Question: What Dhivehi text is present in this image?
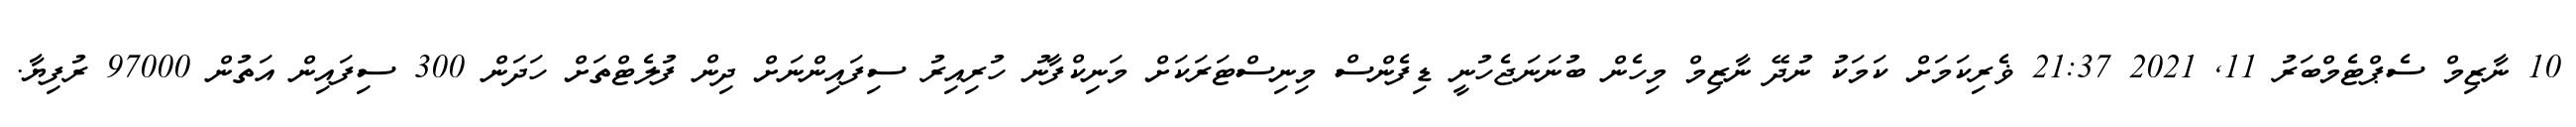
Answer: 10 ނާޒިމް ސެޕްޓެމްބަރު 11, 2021 21:37 ޥެރިކަމަށް ކަމަކު ނުދޭ ނާޒިމް މިހެން ބުނަނަޖެހުނީ ޑިފެންސް މިނިސްޓަރަކަށް މަނިކްފާނު ހުރިއިރު ސިފައިންނަށް ދިން ފުލެޓްތަށް ހަދަން 300 ސިފައިން އަތުން 97000 ރުފިޔާ.